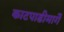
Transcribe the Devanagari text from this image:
काटपाडीमार्गे